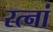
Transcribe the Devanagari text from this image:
रत्‍नां